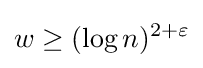
w\geq (\log n)^{2+\varepsilon }